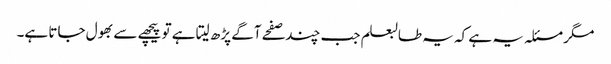
مگر مسئلہ یہ ہے کہ یہ طالبعلم جب چند صفحے آگے پڑھ لیتا ہے تو پیچھے سے بھول جاتا ہے۔